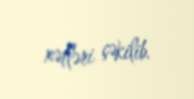
xətləri çəkilib.